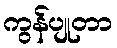
ကွန်ပျုတာ